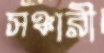
সঞ্চারী